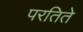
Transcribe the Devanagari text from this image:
परतिते